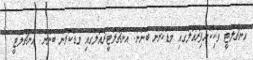
އަންޗެލޮޓީ ވަކިކޮށްފިރެއާލުގައި މަޑުކުރަން ބޭނުން: އަންޗެލޮޓީރެއާލްގައި މަޑުކުރަން ބޭނުން: އަންޗެލޮޓީ